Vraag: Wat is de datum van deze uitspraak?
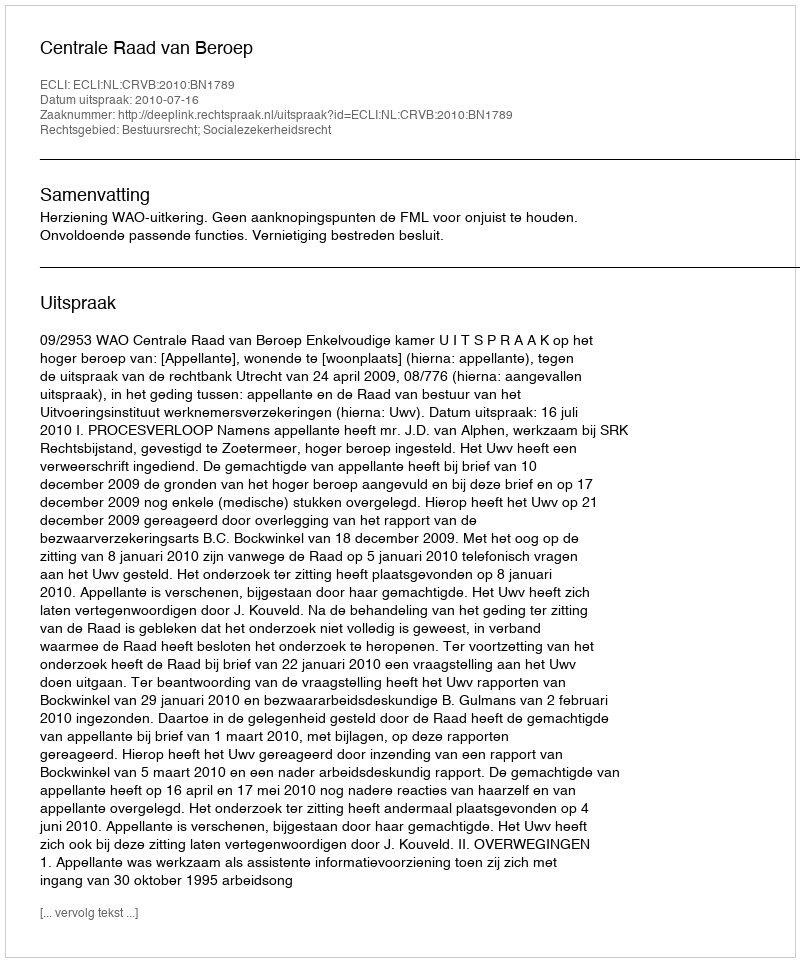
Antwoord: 2010-07-16